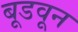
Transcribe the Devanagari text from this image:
बूडवून